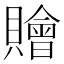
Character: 𧸤